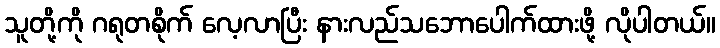
သူတို့ကို ဂရုတစိုက် လေ့လာပြီး နားလည်သဘောပေါက်ထားဖို့ လိုပါတယ်။